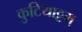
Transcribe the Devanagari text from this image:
कुटियाट्टम्